Indian journal of veterinary science and animal husbandry - Volumes 18-21, 1948-1951
Year: 1948
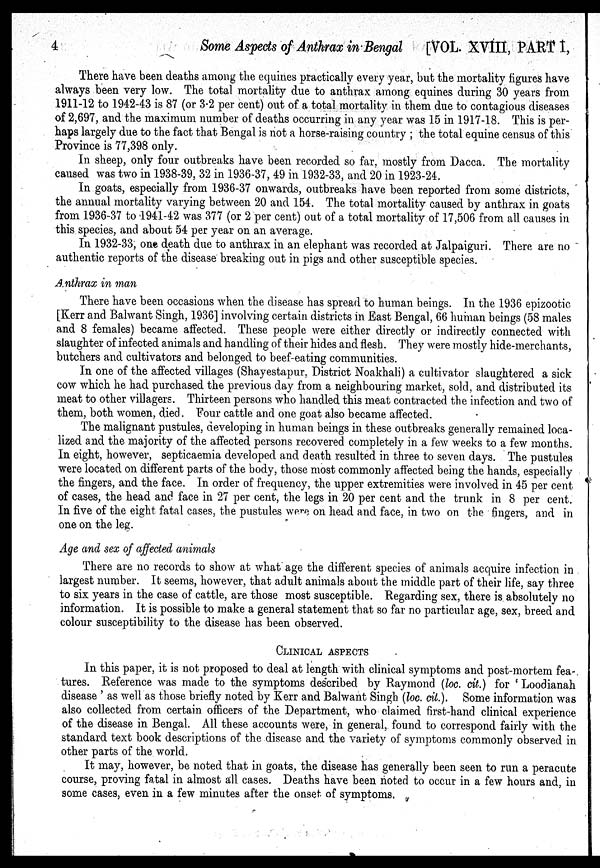
4
Some Aspects of Anthrax in Bengal [VOL. XVIII, PART I,
There have been deaths among the equines practically every year, but the mortality figures have
always been very low. The total mortality due to anthrax among equines during 30 years from
1911-12 to 1942-43 is 87 (or 3.2 per cent) out of a total mortality in them due to contagious diseases
of 2,697, and the maximum number of deaths occurring in any year was 15 in 1917-18. This is per-
haps largely due to the fact that Bengal is not a horse-raising country; the total equine census of this
Province is 77,398 only.
In sheep, only four outbreaks have been recorded so far, mostly from Dacca. The mortality
caused was two in 1938-39, 32 in 1936-37, 49 in 1932-33, and 20 in 1923-24.
In goats, especially from 1936-37 onwards, outbreaks have been reported from some districts,
the annual mortality varying between 20 and 154. The total mortality caused by anthrax in goats
from 1936-37 to 1941-42 was 377 (or 2 per cent) out of a total mortality of 17,506 from all causes in
this species, and about 54 per year on an average.
In 1932-33, one death due to anthrax in an elephant was recorded at Jalpaiguri. There are no
authentic reports of the disease breaking out in pigs and other susceptible species.
Anthrax in man
There have been occasions when the disease has spread to human beings. In the 1936 epizootic
[Kerr and Balwant Singh, 1936] involving certain districts in East Bengal, 66 human beings (58 males
and 8 females) became affected. These people were either directly or indirectly connected with
slaughter of infected animals and handling of their hides and flesh. They were mostly hide-merchants,
butchers and cultivators and belonged to beef-eating communities.
In one of the affected villages (Shayestapur, District Noakhali) a cultivator slaughtered a sick
cow which he had purchased the previous day from a neighbouring market, sold, and distributed its
meat to other villagers. Thirteen persons who handled this meat contracted the infection and two of
them, both women, died. Four cattle and one goat also became affected.
The malignant pustules, developing in human beings in these outbreaks generally remained loca-
lized and the majority of the affected persons recovered completely in a few weeks to a few months.
In eight, however, septicaemia developed and death resulted in three to seven days. The pustules
were located on different parts of the body, those most commonly affected being the hands, especially
the fingers, and the face. In order of frequency, the upper extremities were involved in 45 per cent
of cases, the head and face in 27 per cent, the legs in 20 per cent and the trunk in 8 per cent.
In five of the eight fatal cases, the pustules were on head and face, in two on the fingers, and in
one on the leg.
Age and sex of affected animals
There are no records to show at what age the different species of animals acquire infection in
largest number. It seems, however, that adult animals about the middle part of their life, say three
to six years in the case of cattle, are those most susceptible. Regarding sex, there is absolutely no
information. It is possible to make a general statement that so far no particular age, sex, breed and
colour susceptibility to the disease has been observed.
CLINICAL ASPECTS
In this paper, it is not proposed to deal at length with clinical symptoms and post-mortem fea-
tures. Reference was made to the symptoms described by Raymond (loc. cit.) for 'Loodianah
disease' as well as those briefly noted by Kerr and Balwant Singh (loc. cit.). Some information was
also collected from certain officers of the Department, who claimed first-hand clinical experience
of the disease in Bengal. All these accounts were, in general, found to correspond fairly with the
standard text book descriptions of the disease and the variety of symptoms commonly observed in
other parts of the world.
It may, however, be noted that in goats, the disease has generally been seen to run a peracute
course, proving fatal in almost all cases. Deaths have been noted to occur in a few hours and, in
some cases, even in a few minutes after the onset of symptoms.